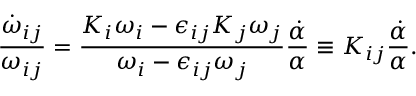
\frac { \dot { \omega } _ { i j } } { \omega _ { i j } } = \frac { K _ { i } \omega _ { i } - \epsilon _ { i j } K _ { j } \omega _ { j } } { \omega _ { i } - \epsilon _ { i j } \omega _ { j } } \frac { \dot { \alpha } } { \alpha } \equiv K _ { i j } \frac { \dot { \alpha } } { \alpha } .